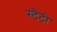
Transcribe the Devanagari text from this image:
स्टैटी